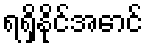
ရရှိနိုင်အောင်